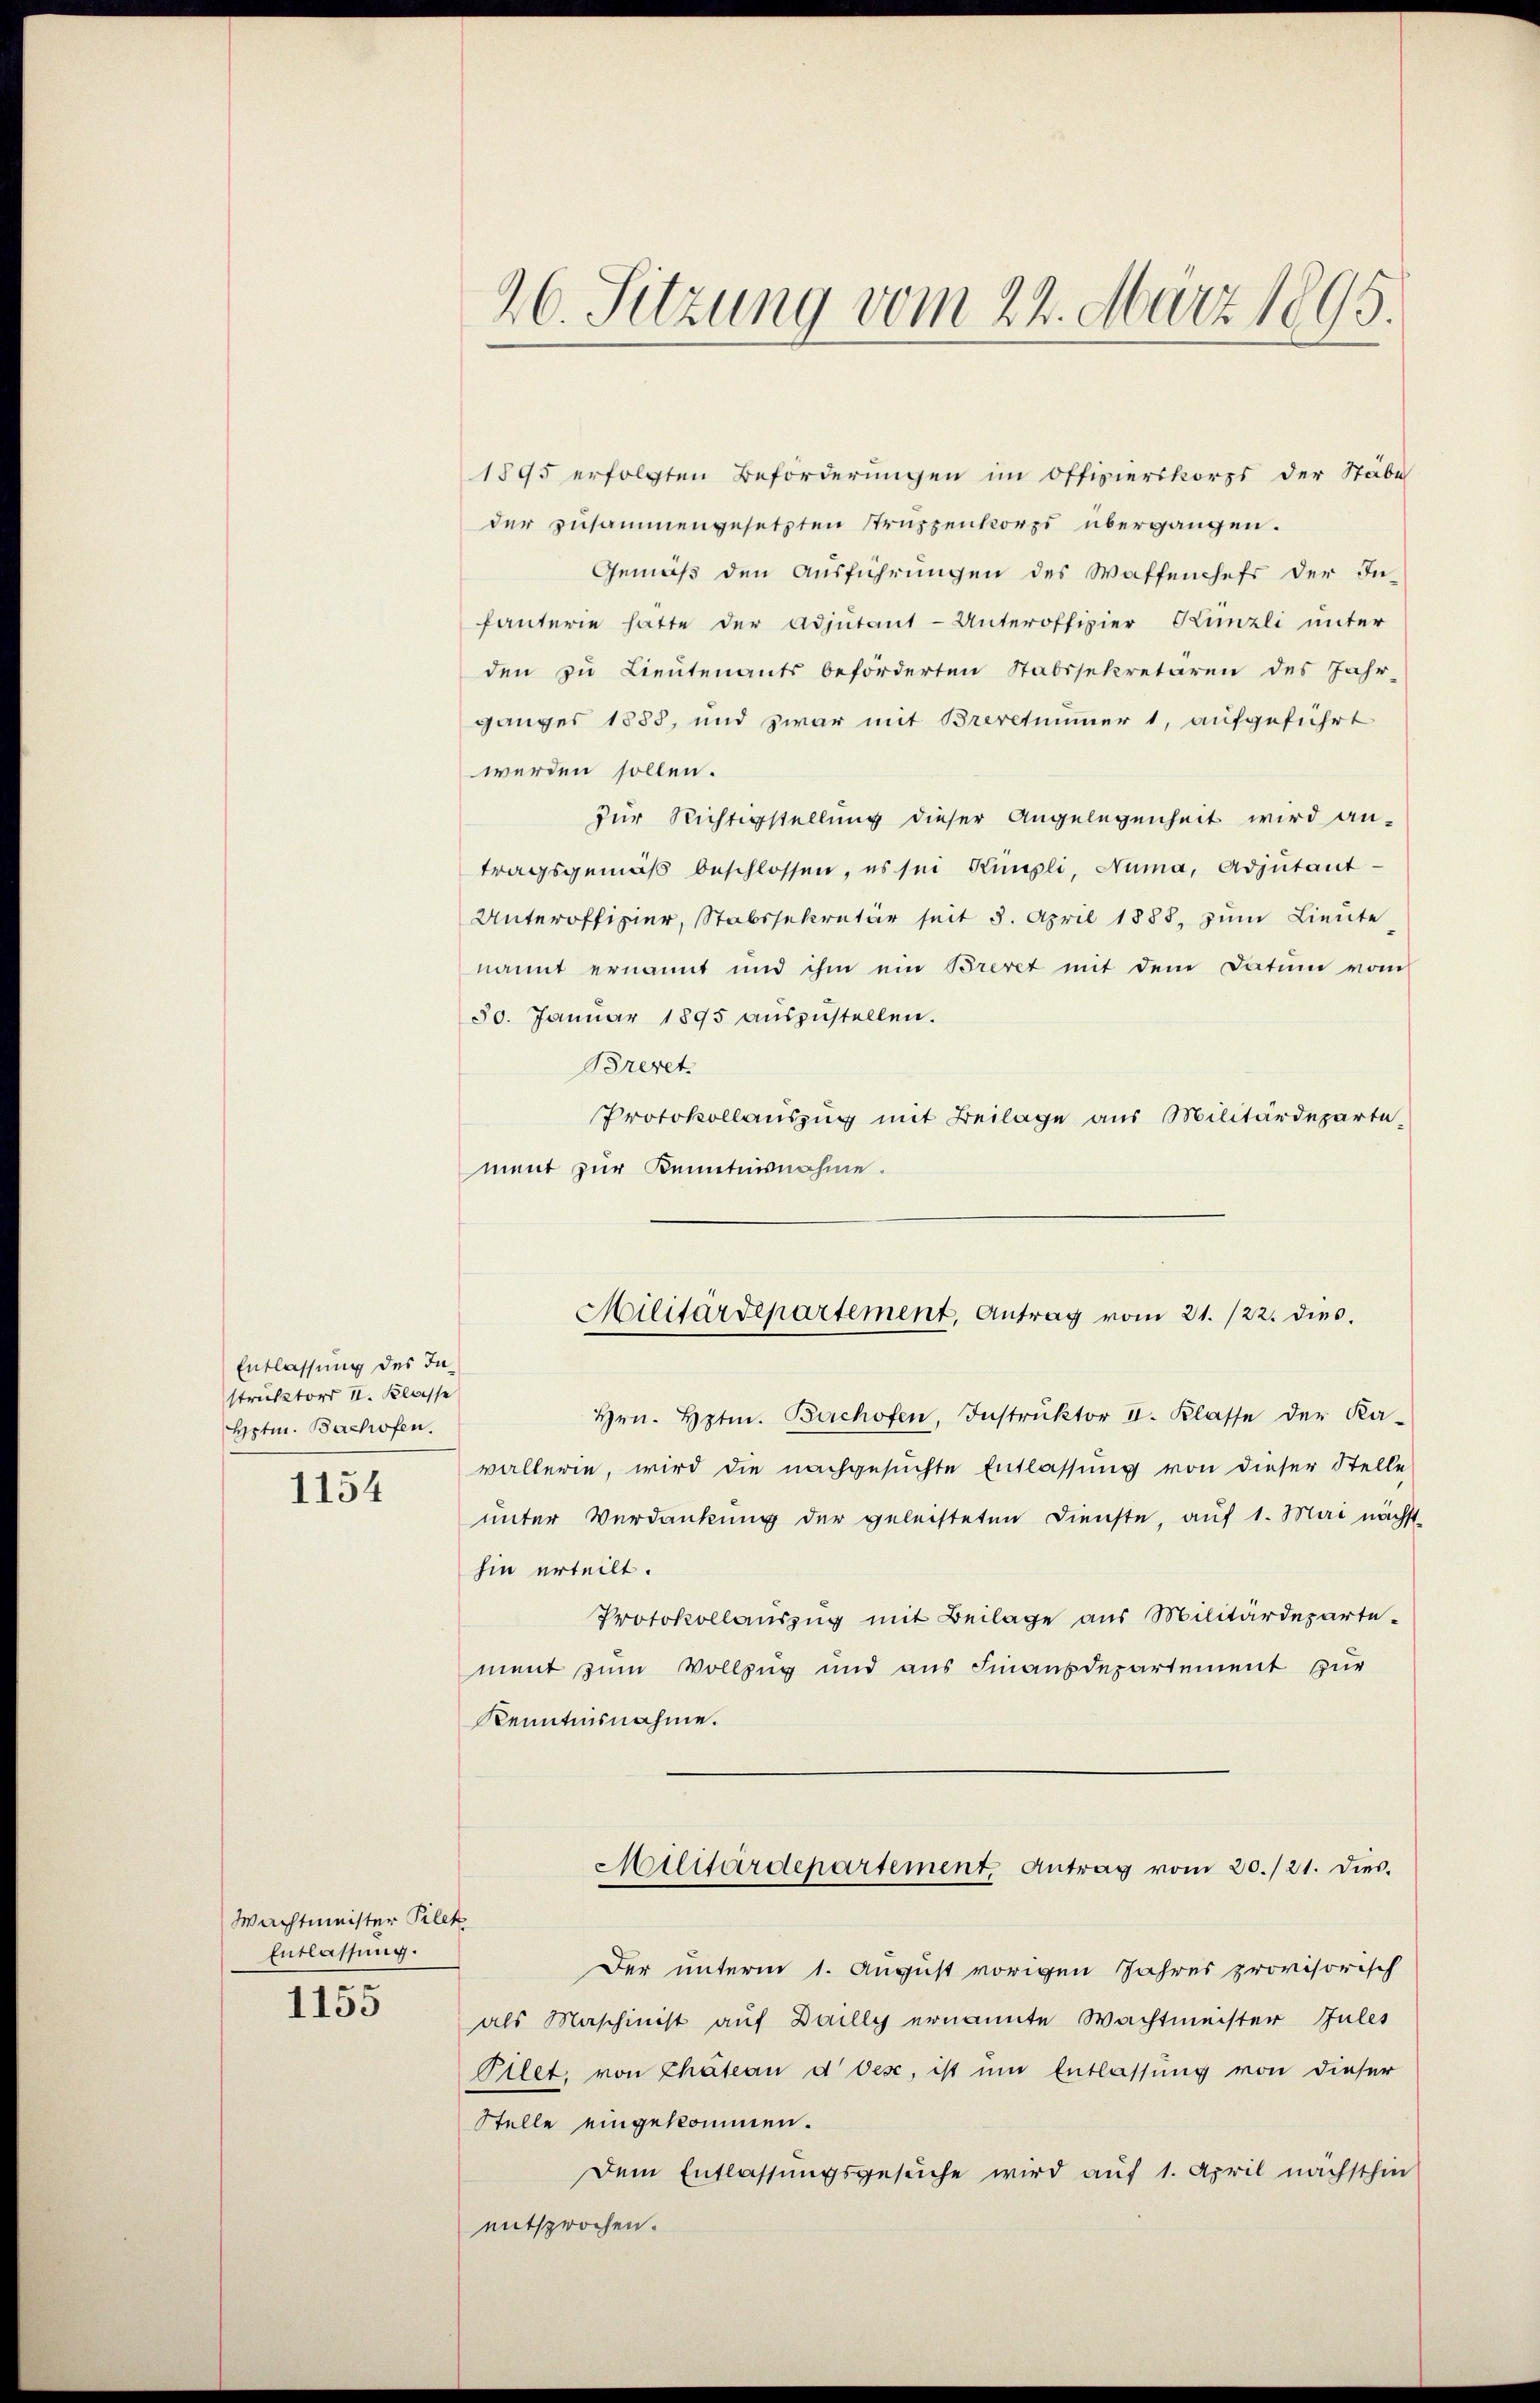
Entlassung des In
struktors II. Klasse
Hptm. Bachofen.

1154

Wachtmeister Pilek
Entlassung.

1155

1895 erfolgten Beförderungen im Offizierskorps der Stäbe
der zusammengesetzten Struppenkorps übergangen.
Gemäß den Ausführungen des Waffenheft der In-
fanterie hatte der Adjutant-Unteroffizier Künzli unter
den zu Lieutenants beförderten Stabssekretären des Jahr-
ganges 1885, und zwar mit Brevetimmer 1, aufgeführt
werden sollen.
für Richtigstellung dieser Angelegenheit wird an-
tragsgemäß beschlossen, es sei Kumpli, Numa, Adjutant-
Unteroffizier, Stabssekretär seit 5. April 1888, zum Lieute
nannt ernannt und ihm ein Brevet mit dem Datum vom
50. Janŭar 1895 aŭszŭstellen.
Brevet
Protokollauszug mit Beilage aus Militärdepartement zur Kenntnisnahme.
Hrn. Hptm. Bachofen, Instrŭktor II. Klasse der Ka-
wallerie, wird die nachgesuchte Entlassung von dieser Stelle
unter Verdankung der geleisteten Dienste, auf 1. Mai nächst-
hin erteilt.
Protokollauszug mit Beilage aus Militärdeparte-
ment zum Vollzug und aus Finanzdepartement zur
Kenntnisnahme.
Militärdepartement, Antrag vom 20./21. dies.
Der unterm 1. August vorigen Jahres provisorisch
als Maschinist auf Dailly ernannte Wachtmeister Jules
Pilet, von Chateau d Oese, ist um Entlassung von dieser
Stelle eingekommen.
Dem Entlassungsgesuche wird auf 1. April nächsthin
entsprochen.

26. Sitzung vom 22. März 1895.

Militärdepartement, Antrag vom 21. 122. dies